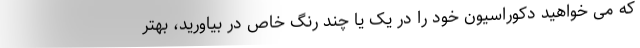
که می خواهید دکوراسیون خود را در یک یا چند رنگ خاص در بیاورید، بهتر